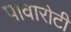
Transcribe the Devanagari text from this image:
पावारोटी